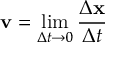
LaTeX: \mathbf { v } = \operatorname* { l i m } _ { \Delta t \to 0 } { \frac { \Delta \mathbf { x } } { \Delta t } }